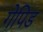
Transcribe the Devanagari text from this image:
गेपिड